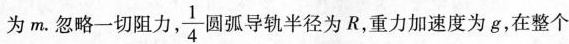
为m。忽略一切阻力， \frac{1}{4}圆弧导轨半径为R，重力加速度为g，在整个